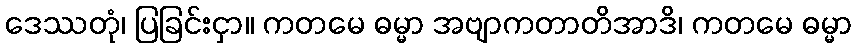
ဒေဿတုံ၊ ပြခြင်းငှာ။ ကတမေ ဓမ္မာ အဗျာကတာတိအာဒိ၊ ကတမေ ဓမ္မာ